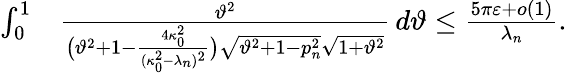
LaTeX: \begin{array}{rl}{\int_{0}^{1}}&{\frac{\vartheta^{2}}{\big(\vartheta^{2}+1-\frac{4\kappa_{0}^{2}}{(\kappa_{0}^{2}-\lambda_{n})^{2}}\big)\sqrt{\vartheta^{2}+1-p_{n}^{2}}\sqrt{1+\vartheta^{2}}}\, d\vartheta\leq\frac{5\pi\varepsilon+o(1)}{\lambda_{n}}.}\end{array}